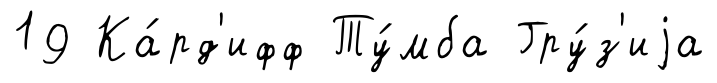
19 Ка́рд'ифф Ту́мба Гру́з'иjа